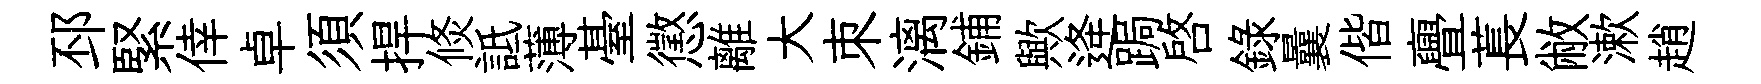
邳緊倖卓須捍倐詆薄䑓懲離大朿漓鋪歟逄跼啓錄曩偕亹萇敝漱趙